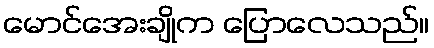
မောင်အေးချိုက ပြောလေသည်။